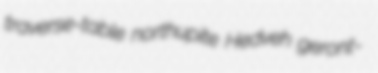
traverse-table northupite Hedveh geront-